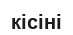
кісіні